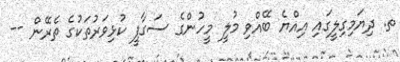
ތ. ދިޔަމިގިލީގައި އިއްޔެ ބޭއްވި މުލީ މީހުންގެ ސަގާފީ ކުޅިވަރުތަކުގެ ތެރޭން --